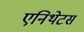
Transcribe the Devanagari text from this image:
एनिथेटस